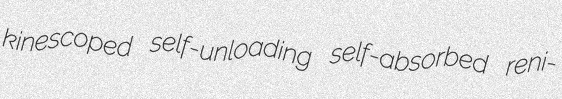
kinescoped self-unloading self-absorbed reni-